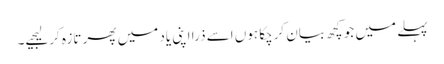
پہلے میں جو کچھ بیان کرچکا ہوں اسے ذرا اپنی یاد میں پھر تازہ کرلیجیے۔